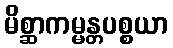
မိစ္ဆာကမ္မန္တပစ္စယာ